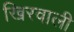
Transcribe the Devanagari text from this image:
खिरवाली